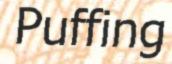
Puffing